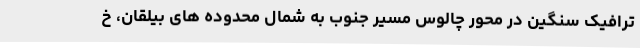
ترافیک سنگین در محور چالوس مسیر جنوب به شمال محدوده های بیلقان، خ